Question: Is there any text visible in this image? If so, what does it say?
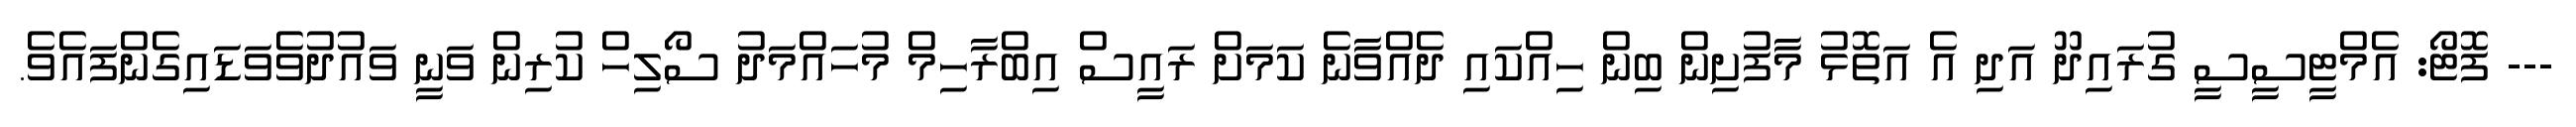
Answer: --- ފޮޓޯ: އެމްޓީސީސީ ގުރައިދޫ އަދި އެ އަތޮޅު މާފުށިން ބިން ހިއްކައި ދެއްވާނެ ކަމަށް ރައީސް އިބްރާހިމް މުހައްމަދު ސޯލިހް ކުރިން ވަނީ ވައުދުވެވަޑައިގެންފައެވެ.